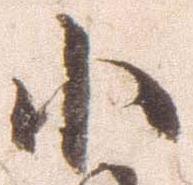
小